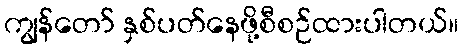
ကျွန်တော် နှစ်ပတ်နေဖို့စီစဉ်ထားပါတယ်။